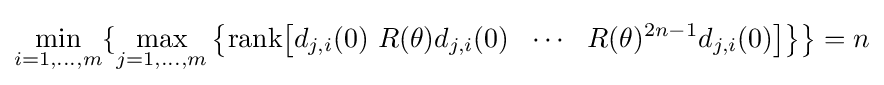
\min _{i=1,\ldots ,m}\{\max _{j=1,\ldots ,m}{\bigl \{}{\text{rank}}{\bigl [}d_{j,i}(0)~R(\theta )d_{j,i}(0)~~\cdots ~~R(\theta )^{2n-1}d_{j,i}(0){\bigr ]}{\bigr \}}{\bigr \}}=n